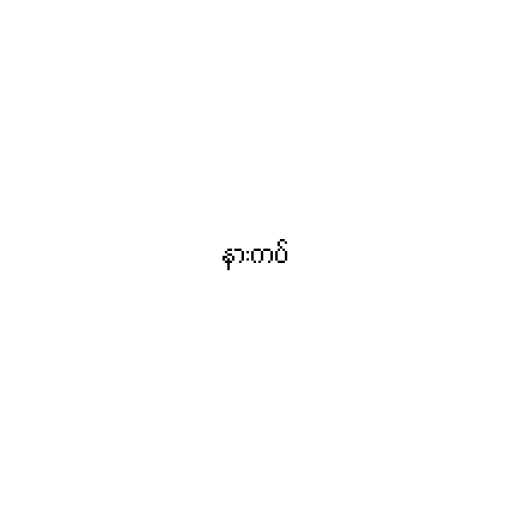
နားကပ်